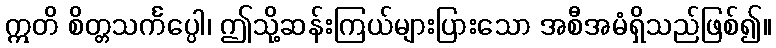
ဣတိ စိတ္တသင်္ကပ္ပေါ၊ ဤသို့ဆန်းကြယ်များပြားသော အစီအမံရှိသည်ဖြစ်၍။